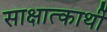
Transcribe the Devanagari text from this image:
साक्षात्कार्थी